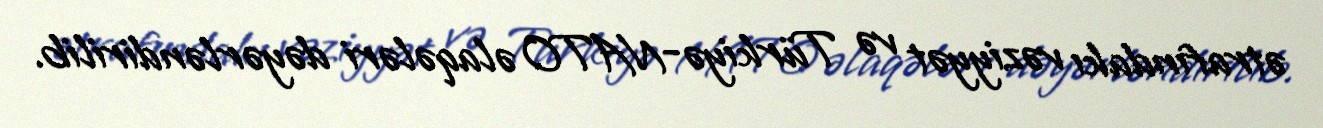
ətrafındakı vəziyyət və Türkiyə-NATO əlaqələri dəyərləndirilib.